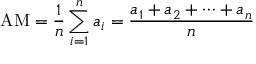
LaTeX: { \mathrm { A M } } = { \frac { 1 } { n } } \sum _ { i = 1 } ^ { n } a _ { i } = { \frac { a _ { 1 } + a _ { 2 } + \cdots + a _ { n } } { n } }